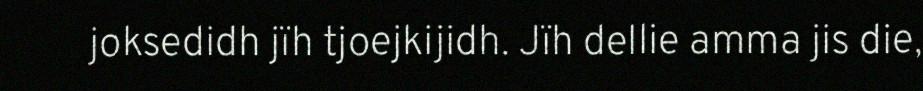
joksedidh jïh tjoejkijidh. Jïh dellie amma jis die,